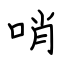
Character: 哨